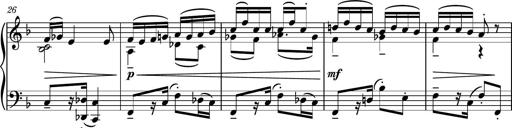
Title: Piano Sonatina No.5
Composer: Dimitri Sykias
Key: C minor